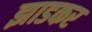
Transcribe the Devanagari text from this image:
झाडकर